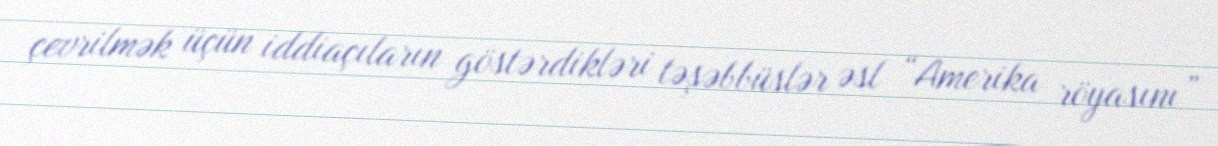
çevrilmək üçün iddiaçıların göstərdikləri təşəbbüslər əsl “Amerika röyasını”